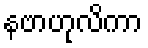
နဗာဟုလိကာ